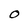
Character: O